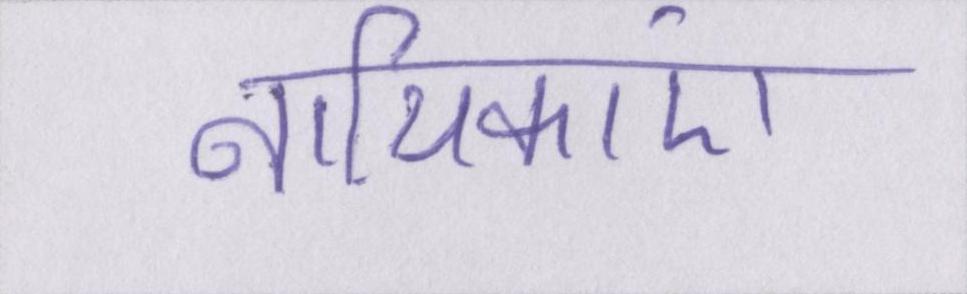
नायिकाएं